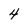
Character: 4